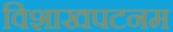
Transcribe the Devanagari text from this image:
विशाखपटनम